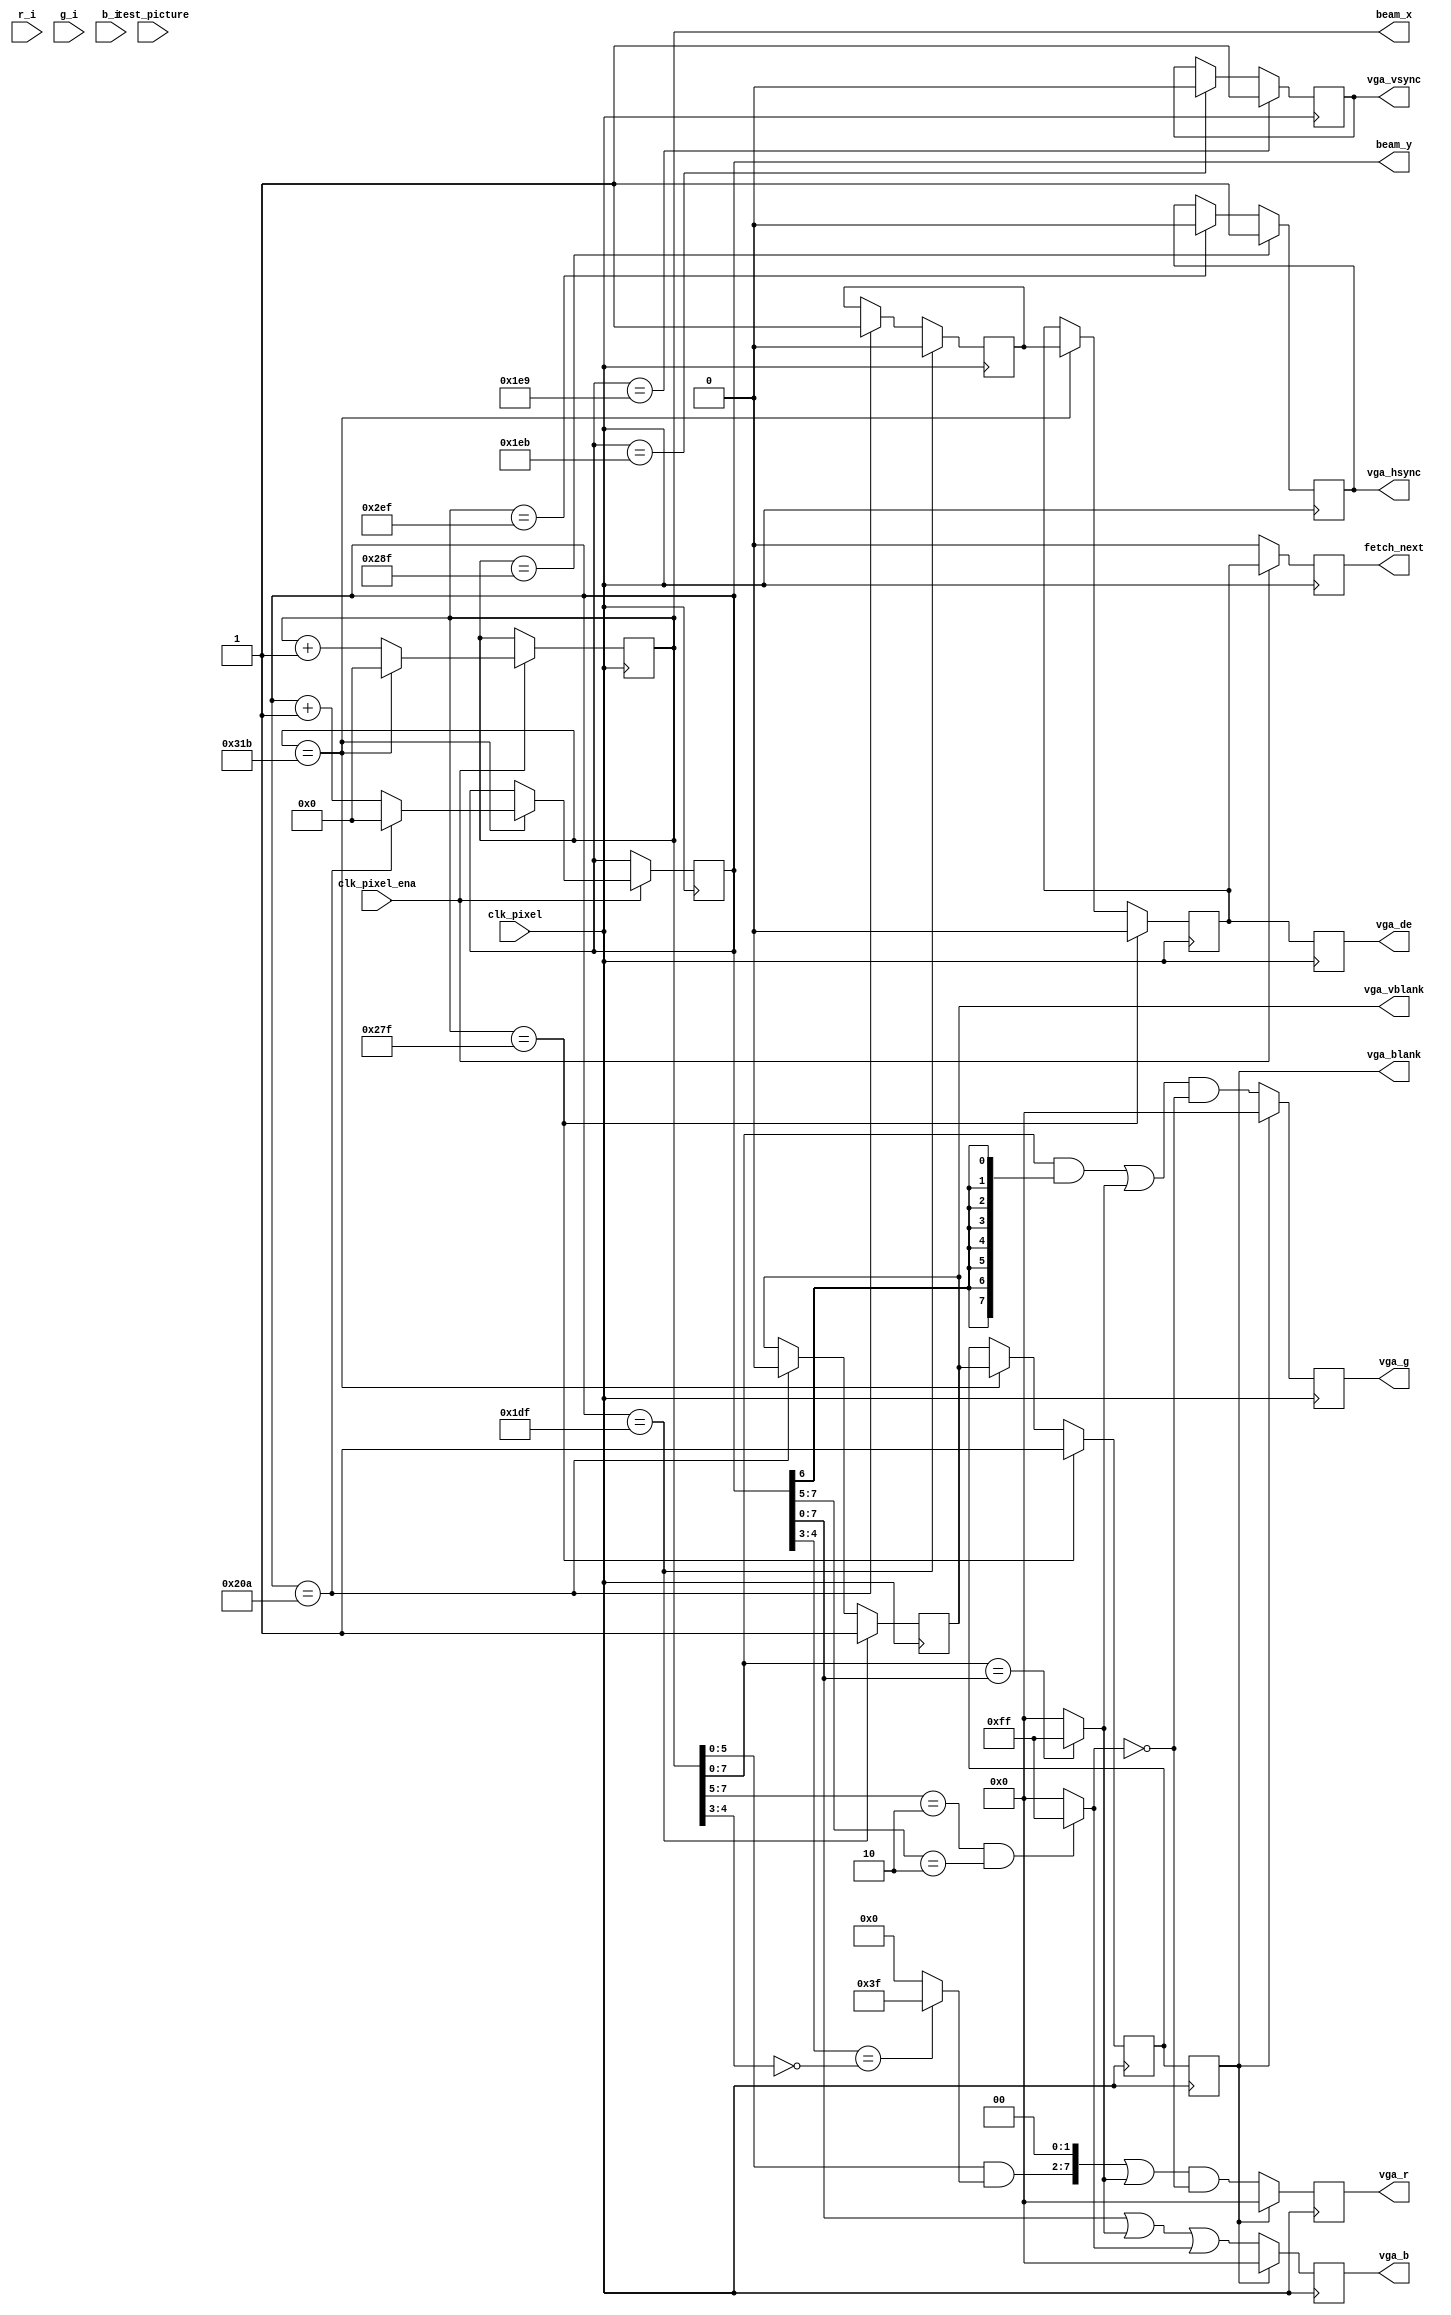
module vga(
input wire clk_pixel,
input wire clk_pixel_ena,
input wire test_picture,
output wire fetch_next,
output wire [c_bits_x - 1:0] beam_x,
output wire [c_bits_y - 1:0] beam_y,
input wire [7:0] r_i,
input wire [7:0] g_i,
input wire [7:0] b_i,
output wire [7:0] vga_r,
output wire [7:0] vga_g,
output wire [7:0] vga_b,
output wire vga_hsync,
output wire vga_vsync,
output wire vga_vblank,
output wire vga_blank,
output wire vga_de
);

parameter [31:0] c_resolution_x=640;
parameter [31:0] c_hsync_front_porch=16;
parameter [31:0] c_hsync_pulse=96;
parameter [31:0] c_hsync_back_porch=44;
parameter [31:0] c_resolution_y=480;
parameter [31:0] c_vsync_front_porch=10;
parameter [31:0] c_vsync_pulse=2;
parameter [31:0] c_vsync_back_porch=31;
parameter [31:0] c_bits_x=10;
parameter [31:0] c_bits_y=10;
parameter [31:0] c_dbl_x=0;
parameter [31:0] c_dbl_y=0;
// 0-normal X, 1-double X
// pixel clock, 25 MHz for 640x480
// pixel clock ena
// '1' to show test picture
// request FIFO to fetch next pixel data
// pixel data from FIFO
// 8-bit VGA video signal out
// VGA sync
// V blank for CPU interrupts and H+V blank for digital encoder (HDMI)



// function integer ceiling log2
// returns how many bits are needed to represent a number of states
// example ceil_log2(255) = 8,  ceil_log2(256) = 8, ceil_log2(257) = 9
//  function ceil_log2(x: integer) return integer is
//  begin
//    return integer(ceil((log2(real(x)+1.0E-6))-1.0E-6));
//  end ceil_log2;
//constant c_bits_x: integer := 13; -- ceil_log2(c_frame_x-1)
//constant c_bits_y: integer := 11; -- ceil_log2(c_frame_y-1)
reg [c_bits_x - 1:0] CounterX;  // (9 downto 0) is good for up to 1023 frame timing width (resolution 640x480)
reg [c_bits_y - 1:0] CounterY;  // (9 downto 0) is good for up to 1023 frame timing width (resolution 640x480)
parameter c_hblank_on = c_resolution_x - 1;
parameter c_hsync_on = c_resolution_x + c_hsync_front_porch - 1;
parameter c_hsync_off = c_resolution_x + c_hsync_front_porch + c_hsync_pulse - 1;
parameter c_hblank_off = c_resolution_x + c_hsync_front_porch + c_hsync_pulse + c_hsync_back_porch - 1;
parameter c_frame_x = c_resolution_x + c_hsync_front_porch + c_hsync_pulse + c_hsync_back_porch - 1;  // frame_x = 640 + 16 + 96 + 48 = 800;
parameter c_vblank_on = c_resolution_y - 1;
parameter c_vsync_on = c_resolution_y + c_vsync_front_porch - 1;
parameter c_vsync_off = c_resolution_y + c_vsync_front_porch + c_vsync_pulse - 1;
parameter c_vblank_off = c_resolution_y + c_vsync_front_porch + c_vsync_pulse + c_vsync_back_porch - 1;
parameter c_frame_y = c_resolution_y + c_vsync_front_porch + c_vsync_pulse + c_vsync_back_porch - 1;  // frame_y = 480 + 10 + 2 + 33 = 525;
// refresh_rate = pixel_clock/(frame_x*frame_y) = 25MHz / (800*525) = 59.52Hz
reg R_hsync; reg R_vsync; reg R_blank; reg R_disp;  // disp = not blank
reg R_disp_early; reg R_vdisp;  // blank generation
reg R_blank_early; reg R_vblank;  // blank generation
reg R_fetch_next;
reg [7:0] R_vga_r; reg [7:0] R_vga_g; reg [7:0] R_vga_b;  // test picture generation
wire [7:0] W; wire [7:0] A; wire [7:0] T;
wire [5:0] Z;

  always @(posedge clk_pixel) begin
    if(clk_pixel_ena == 1'b1) begin
      if(CounterX == c_frame_x) begin
        CounterX <= {((c_bits_x - 1)-(0)+1){1'b0}};
        if(CounterY == c_frame_y) begin
          CounterY <= {((c_bits_y - 1)-(0)+1){1'b0}};
        end
        else begin
          CounterY <= CounterY + 1;
        end
      end
      else begin
        CounterX <= CounterX + 1;
      end
      R_fetch_next <= R_disp_early;
    end
    else begin
      R_fetch_next <= 1'b0;
    end
  end

  assign beam_x = CounterX;
  assign beam_y = CounterY;
  assign fetch_next = R_fetch_next;
  // generate sync and blank
  always @(posedge clk_pixel) begin
    if(CounterX == c_hblank_on) begin
      R_blank_early <= 1'b1;
      R_disp_early <= 1'b0;
    end
    else if(CounterX == c_hblank_off) begin
      R_blank_early <= R_vblank;
      // "OR" function
      R_disp_early <= R_vdisp;
      // "AND" function
    end
  end

  always @(posedge clk_pixel) begin
    if(CounterX == c_hsync_on) begin
      R_hsync <= 1'b1;
    end
    else if(CounterX == c_hsync_off) begin
      R_hsync <= 1'b0;
    end
  end

  always @(posedge clk_pixel) begin
    if(CounterY == c_vblank_on) begin
      R_vblank <= 1'b1;
      R_vdisp <= 1'b0;
    end
    else if(CounterY == c_vblank_off) begin
      R_vblank <= 1'b0;
      R_vdisp <= 1'b1;
    end
  end

  always @(posedge clk_pixel) begin
    if(CounterY == c_vsync_on) begin
      R_vsync <= 1'b1;
    end
    else if(CounterY == c_vsync_off) begin
      R_vsync <= 1'b0;
    end
  end

  // test picture generator
  assign A = (CounterX[7:5]) == 3'b010 && (CounterY[7:5]) == 3'b010 ? {8{1'b1}} : {8{1'b0}};
  assign W = CounterX[7:0] == CounterY[7:0] ? {8{1'b1}} : {8{1'b0}};
  assign Z = (CounterY[4:3]) == ( ~(CounterX[4:3])) ? {6{1'b1}} : {6{1'b0}};
  assign T = {8{CounterY[6]}};
  always @(posedge clk_pixel) begin
    if(R_blank == 1'b1) begin
      // analog VGA needs this, DVI doesn't
      R_vga_r <= {8{1'b0}};
      R_vga_g <= {8{1'b0}};
      R_vga_b <= {8{1'b0}};
    end
    else begin
      R_vga_r <= (({(CounterX[5:0]) & Z,2'b00}) | W) &  ~A;
      R_vga_g <= (((CounterX[7:0]) & T) | W) &  ~A;
      R_vga_b <= (CounterY[7:0]) | W | A;
    end
    R_blank <= R_blank_early;
    R_disp <= R_disp_early;
  end

  assign vga_r = R_vga_r;
  assign vga_g = R_vga_g;
  assign vga_b = R_vga_b;
  assign vga_hsync = R_hsync;
  assign vga_vsync = R_vsync;
  assign vga_blank = R_blank;
  assign vga_vblank = R_vblank;
  assign vga_de = R_disp;

endmodule